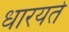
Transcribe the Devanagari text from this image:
धारयते